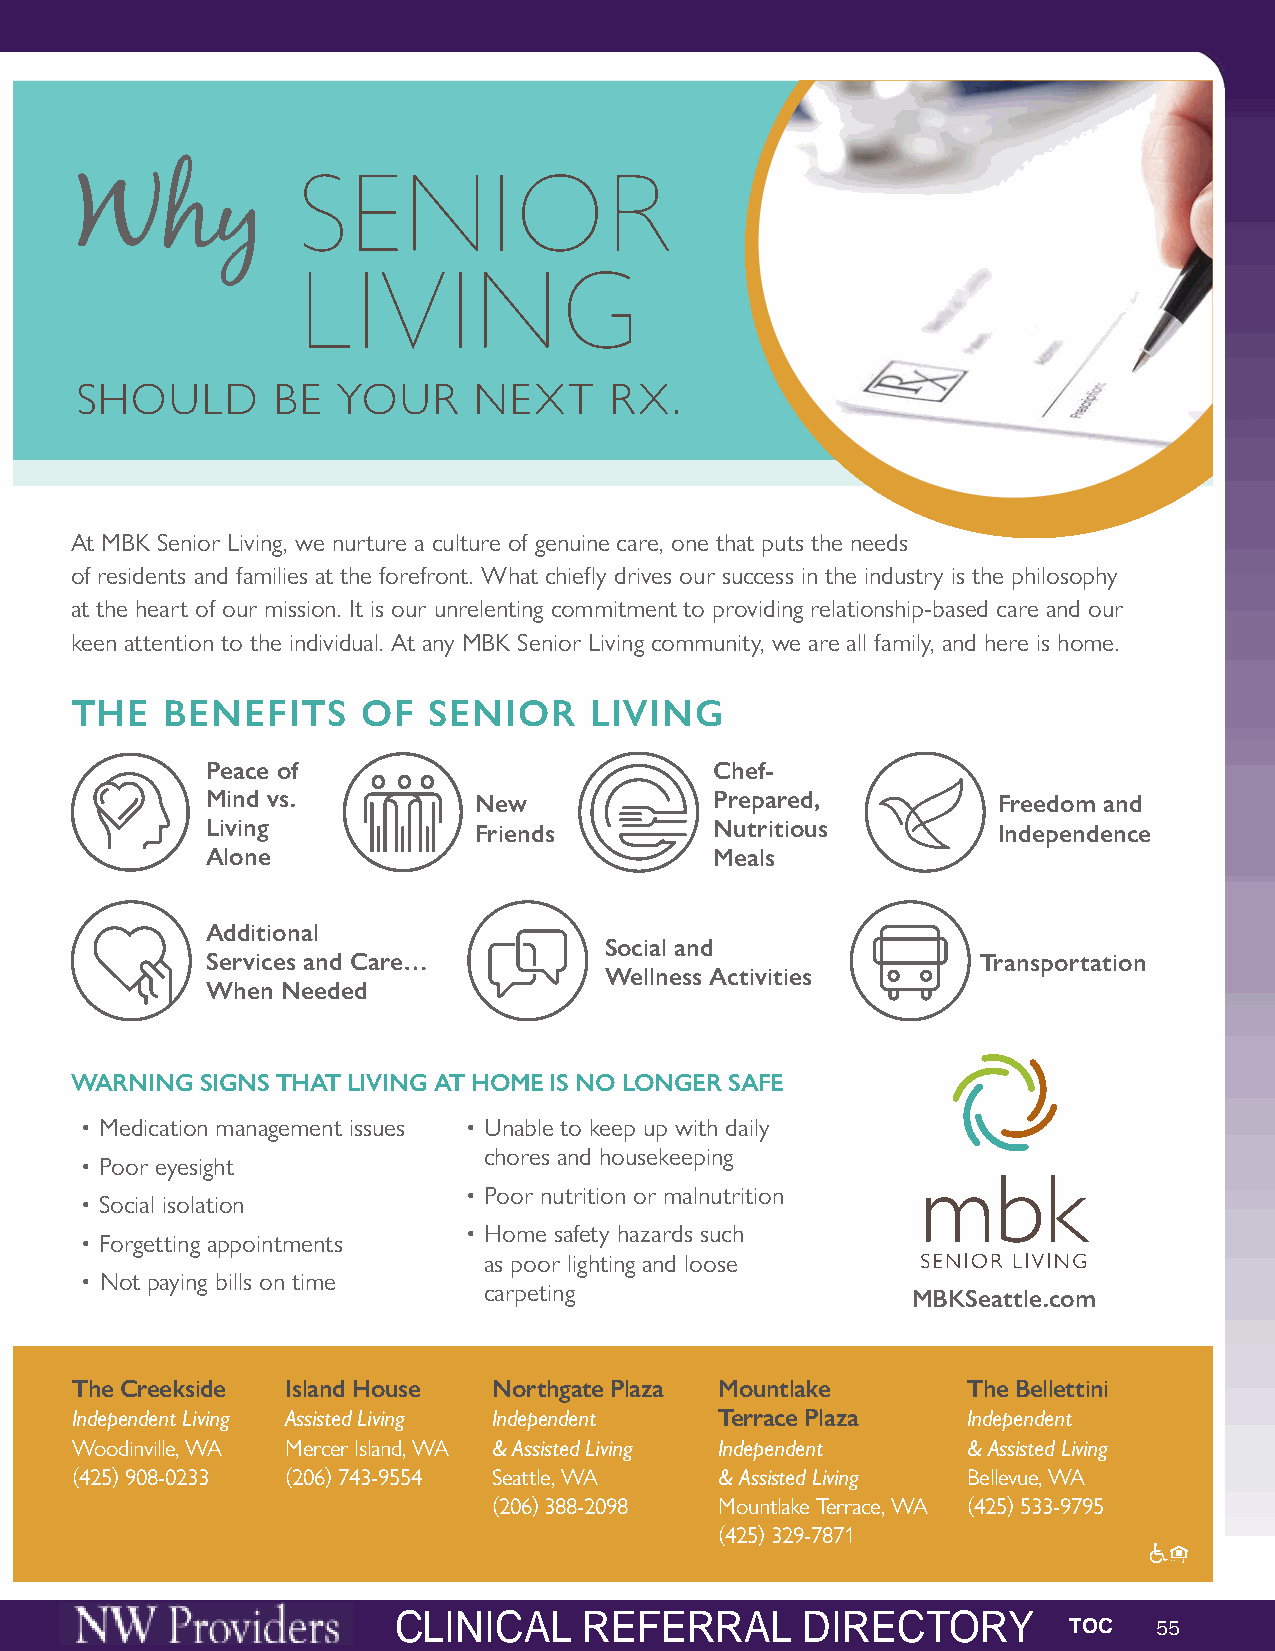
SENIOR
 Why
 LIVING
 SHOULD       BE  YOUR     NEXT     RX.
 At MBK Senior Living, we nurture a culture of genuine care, one that puts the needs
 of residents and families at the forefront. What chiefly drives our success in the industry is the philosophy
 at the heart of our mission. It is our unrelenting commitment to providing relationship-based care and our
 keen attention to the individual. At any MBK Senior Living community, we are all family, and here is home.
 THE   BENEFITS     OF  SENIOR     LIVING
 Peace of                         Chef-
 Mind vs.         New             Prepared,          Freedom and
 Living           Friends         Nutritious         Independence
 Alone                            Meals
 Additional
 Social and
 Services and Care…                                 Transportation
 Wellness Activities
 When Needed
 WARNING SIGNS THAT LIVING AT HOME IS NO LONGER SAFE
 • Medication management issues • Unable to keep up with daily
 chores and housekeeping
 • Poor eyesight
 • Poor nutrition or malnutrition
 • Social isolation
 • Home safety hazards such
 • Forgetting appointments
 as poor lighting and loose
 • Not paying bills on time
 carpeting
 MBKSeattle.com
 The Creekside Island House  Northgate Plaza Mountlake      The Bellettini
 Independent Living Assisted Living Independent Terrace Plaza Independent
 Woodinville, WA Mercer Island, WA & Assisted Living Independent & Assisted Living
 (425) 908-0233 (206) 743-9554 Seattle, WA  & Assisted Living Bellevue, WA
 (206) 388-2098 Mountlake Terrace, WA (425) 533-9795
 (425) 329-7871
 THE PUGET  SOUND   ARCEAL ISNAIFCETAYL S RUMEMFIET RDIRREACLT ODRIRY ECTORY
 TOC   55